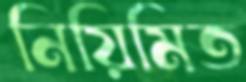
নিয়িমিত